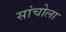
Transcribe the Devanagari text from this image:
सांचोला